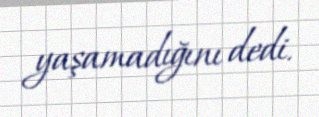
yaşamadığını dedi.